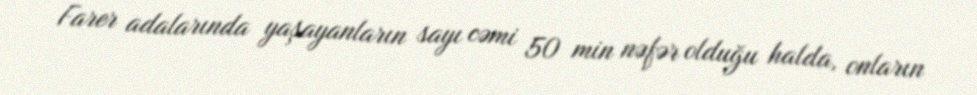
Farer adalarında yaşayanların sayı cəmi 50 min nəfər olduğu halda, onların